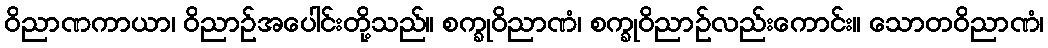
ဝိညာဏကာယာ၊ ဝိညာဉ်အပေါင်းတို့သည်။ စက္ခုဝိညာဏံ၊ စက္ခုဝိညာဉ်လည်းကောင်း။ သောတဝိညာဏံ၊